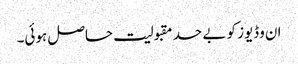
ان وڈیوز کو بے حد مقبولیت حاصل ہوئی۔